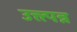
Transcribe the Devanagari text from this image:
उत्त्त्पन्न